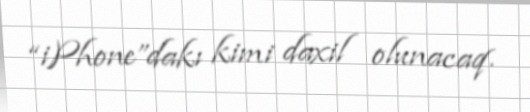
“iPhone”dakı kimi daxil olunacaq.